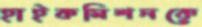
হাইকমিশনকে